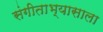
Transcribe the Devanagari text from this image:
संगीताभ्यासाला